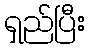
ရှည်ပြီး